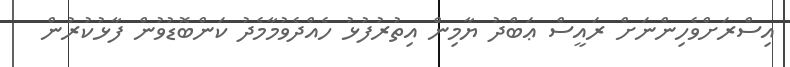
އިސްރަށްވެހިންނަށް ރައީސް ޢަބްދު ޔާމިން އިތުރުފުޅު ހެއްދެވުމާމެދު ކަންބޮޑުވުން ފާޅުކުރުން